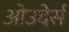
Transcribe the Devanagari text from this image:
ओउदेर्स